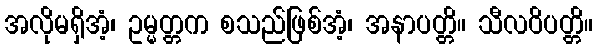
အလိုမရှိအံ့၊ ဥမ္မတ္တက စသည်ဖြစ်အံ့၊ အနာပတ္တိ။ သီလဝိပတ္တိ။